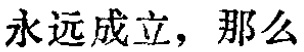
永远成立，那么